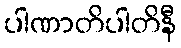
ပါဏာတိပါတိနီ